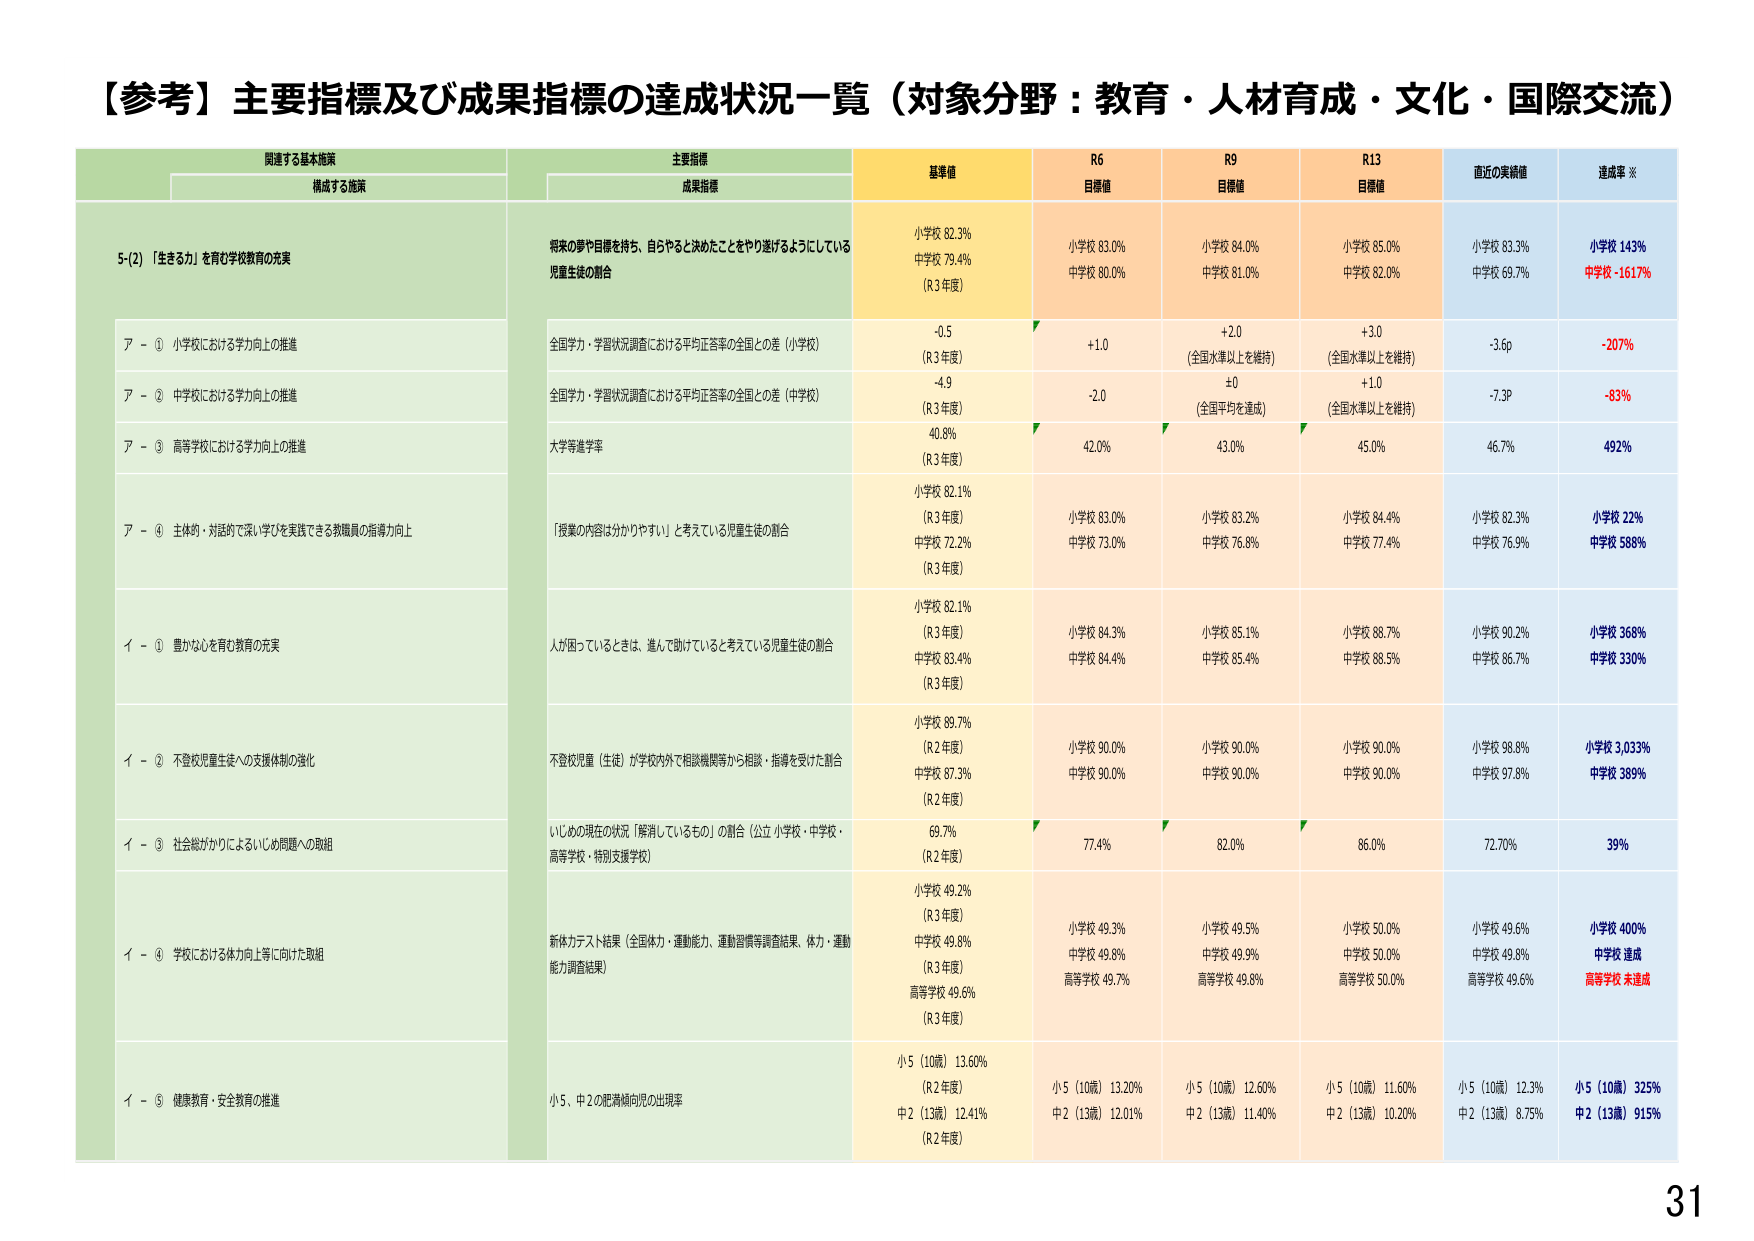
【参考】主要指標及び成果指標の達成状況一覧（対象分野：教育・人材育成・文化・国際交流）

関連する基本施策
構成する施策

主要指標
成果指標

基準値
R6
目標値
R9
目標値
R13
目標値
直近の実績値
達成率 ※

5-〔2〕「生きる力」を育む学校教育の充実

将来の夢や目標を持ち、自らやると決めたことをやり遂げるようにしている児童生徒の割合

小学校 82.3%
中学校 79.4%
（R3年度）

小学校 83.0%
中学校 80.0%

小学校 84.0%
中学校 81.0%

小学校 85.0%
中学校 82.0%

小学校 83.3%
中学校 69.7%

小学校 143%
中学校 -1617%

ア - ① 小学校における学力向上の推進

全国学力・学習状況調査における平均正答率の全国との差（小学校）

-0.5
（R3年度）

+1.0

+2.0
（全国水準以上を維持）

+3.0
（全国水準以上を維持）

-3.6p

-207%

ア - ② 中学校における学力向上の推進

全国学力・学習状況調査における平均正答率の全国との差（中学校）

-4.9
（R3年度）

-2.0

±0
（全国平均を達成）

+1.0
（全国水準以上を維持）

-7.3P

-83%

ア - ③ 高等学校における学力向上の推進

大学等進学率

40.8%
（R3年度）

42.0%

43.0%

45.0%

46.7%

492%

ア - ④ 主体的・対話的で深い学びを実践できる教職員の指導力向上

「授業の内容は分かりやすい」と考えている児童生徒の割合

小学校 82.1%
（R3年度）
中学校 72.2%
（R3年度）

小学校 83.0%
中学校 73.0%

小学校 83.2%
中学校 76.8%

小学校 84.4%
中学校 77.4%

小学校 82.3%
中学校 76.6%

小学校 22%
中学校 588%

イ - ① 豊かな心を育む教育の充実

人が困っているときは、進んで助けていると考えている児童生徒の割合

小学校 82.1%
（R3年度）
中学校 83.4%
（R3年度）

小学校 84.3%
中学校 84.4%

小学校 85.1%
中学校 85.4%

小学校 88.7%
中学校 88.5%

小学校 90.2%
中学校 86.7%

小学校 368%
中学校 330%

イ - ② 不登校児童生徒への支援体制の強化

不登校児童（生徒）が学校内外で相談機関等から相談・指導を受けた割合

小学校 89.7%
（R2年度）
中学校 87.3%
（R2年度）

小学校 90.0%
中学校 90.0%

小学校 90.0%
中学校 90.0%

小学校 90.0%
中学校 90.0%

小学校 98.8%
中学校 97.8%

小学校 3,033%
中学校 389%

イ - ③ 社会総がかりによるいじめ問題への取組

いじめの現在の状況「解消しているもの」の割合（公立小学校・中学校・高等学校・特別支援学校）

69.7%
（R2年度）

77.4%

82.0%

86.0%

72.70%

39%

イ - ④ 学校における体力向上等に向けた取組

新体力テスト結果（全国体力・運動能力、運動習慣等調査結果、体力・運動能力調査結果）

小学校 49.2%
（R3年度）
中学校 49.8%
（R3年度）
高等学校 49.6%
（R3年度）

小学校 49.3%
中学校 49.8%
高等学校 49.7%

小学校 49.5%
中学校 49.9%
高等学校 49.8%

小学校 50.0%
中学校 50.0%
高等学校 50.0%

小学校 49.6%
中学校 49.8%
高等学校 49.6%

小学校 400%
中学校 達成
高等学校 未達成

イ - ⑤ 健康教育・安全教育の推進

小5、中2の肥満傾向児の出現率

小5（10歳）13.60%
（R2年度）
中2（13歳）12.41%
（R2年度）

小5（10歳）13.20%
中2（13歳）12.01%

小5（10歳）12.60%
中2（13歳）11.40%

小5（10歳）11.60%
中2（13歳）10.20%

小5（10歳）12.3%
中2（13歳）8.75%

小5（10歳）325%
中2（13歳）915%

31